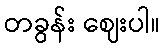
တခွန်း ဈေးပါ။